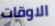
الاوقات